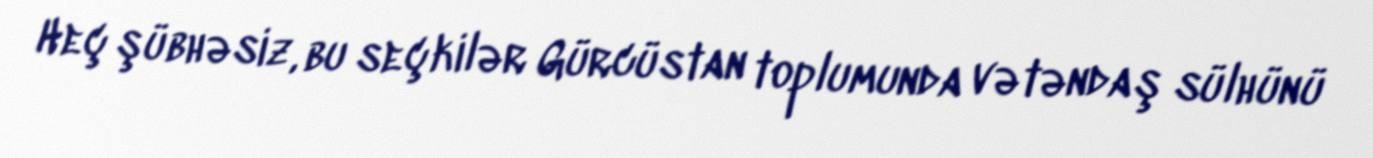
Heç şübhəsiz, bu seçkilər Gürcüstan toplumunda vətəndaş sülhünü